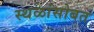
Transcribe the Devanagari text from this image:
स्थळांसोबत